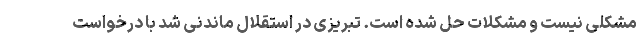
مشکلی نیست و مشکلات حل شده است. تبریزی در استقلال ماندنی شد با درخواست